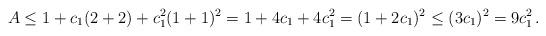
LaTeX: \begin{align*}A\le 1+c_1(2+2)+c_1^2(1+1)^2=1+4c_1+4c_1^2=(1+2c_1)^2\le (3c_1)^2=9c_1^2\, .\end{align*}